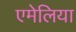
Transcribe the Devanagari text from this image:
एमेलिया